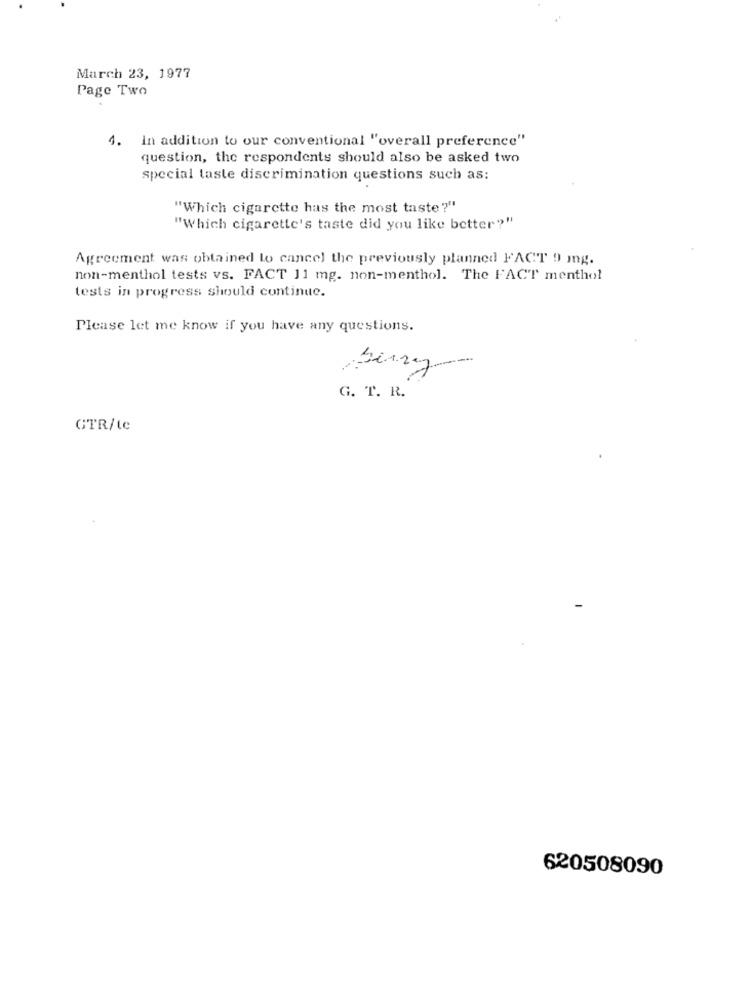
March 23, 1977
Page Two
4. In addition to our conventional "overall preference"
question, the respondents should also be asked two
special taste discrimination questions such as:
"Which cigarette has the most taste?"
"Which cigarette's taste did you like better?"
Agreement was obtained to cancel the previously planned FACT 9 mg.
non-menthol tests vs. FACT 11 mg. non-menthol. The FACT menthol
tests in progress should continue.
Please let me know if you have any questions.
G. T. R.
GTR/te
620508090